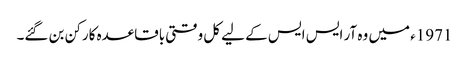
1971ء میں وہ آر ایس ایس کے لیے کل وقتی باقاعدہ کارکن بن گئے۔